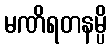
မဏိရတနမ္ပိ